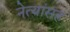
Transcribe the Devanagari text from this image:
नेत्यांसह